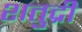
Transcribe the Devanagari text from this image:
शतुद्री